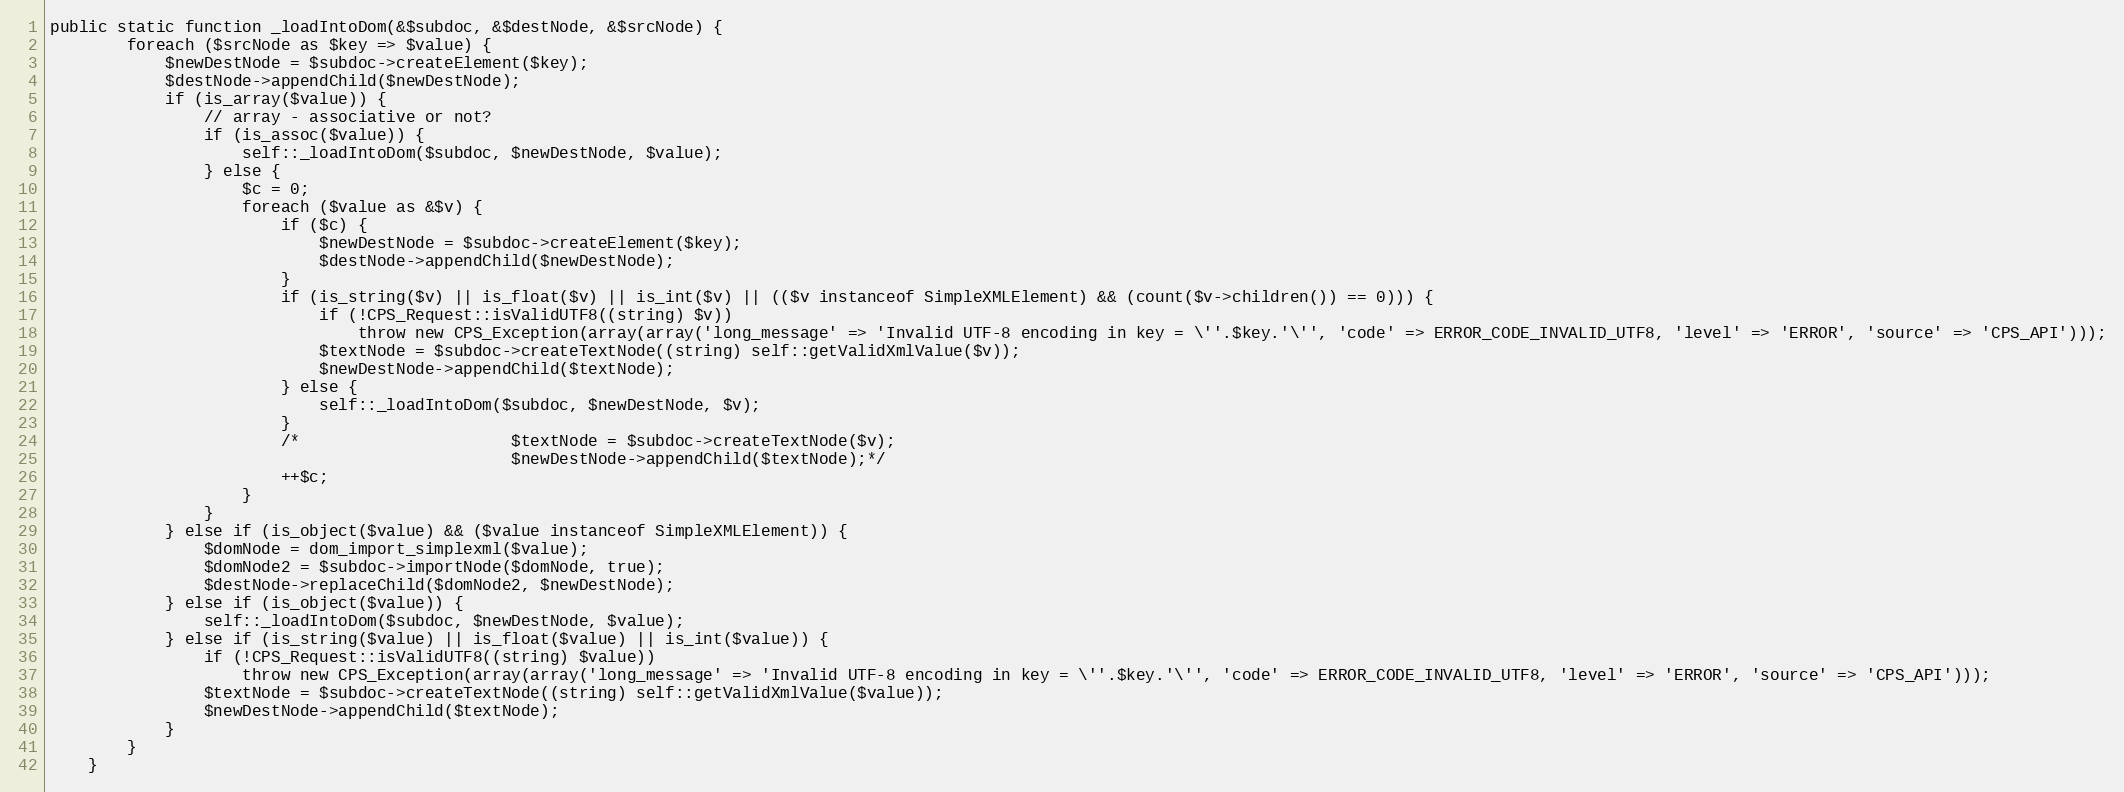
Language: PHP
public static function _loadIntoDom(&$subdoc, &$destNode, &$srcNode) {
        foreach ($srcNode as $key => $value) {
            $newDestNode = $subdoc->createElement($key);
            $destNode->appendChild($newDestNode);
            if (is_array($value)) {
                // array - associative or not?
                if (is_assoc($value)) {
                    self::_loadIntoDom($subdoc, $newDestNode, $value);
                } else {
                    $c = 0;
                    foreach ($value as &$v) {
                        if ($c) {
                            $newDestNode = $subdoc->createElement($key);
                            $destNode->appendChild($newDestNode);
                        }
                        if (is_string($v) || is_float($v) || is_int($v) || (($v instanceof SimpleXMLElement) && (count($v->children()) == 0))) {
                        	if (!CPS_Request::isValidUTF8((string) $v))
                        		throw new CPS_Exception(array(array('long_message' => 'Invalid UTF-8 encoding in key = \''.$key.'\'', 'code' => ERROR_CODE_INVALID_UTF8, 'level' => 'ERROR', 'source' => 'CPS_API')));
                            $textNode = $subdoc->createTextNode((string) self::getValidXmlValue($v));
                            $newDestNode->appendChild($textNode);
                        } else {
                            self::_loadIntoDom($subdoc, $newDestNode, $v);
                        }
                        /*						$textNode = $subdoc->createTextNode($v);
                                                $newDestNode->appendChild($textNode);*/
                        ++$c;
                    }
                }
            } else if (is_object($value) && ($value instanceof SimpleXMLElement)) {
                $domNode = dom_import_simplexml($value);
                $domNode2 = $subdoc->importNode($domNode, true);
                $destNode->replaceChild($domNode2, $newDestNode);
            } else if (is_object($value)) {
                self::_loadIntoDom($subdoc, $newDestNode, $value);
            } else if (is_string($value) || is_float($value) || is_int($value)) {
            	if (!CPS_Request::isValidUTF8((string) $value))
            		throw new CPS_Exception(array(array('long_message' => 'Invalid UTF-8 encoding in key = \''.$key.'\'', 'code' => ERROR_CODE_INVALID_UTF8, 'level' => 'ERROR', 'source' => 'CPS_API')));
                $textNode = $subdoc->createTextNode((string) self::getValidXmlValue($value));
                $newDestNode->appendChild($textNode);
            }
        }
    }